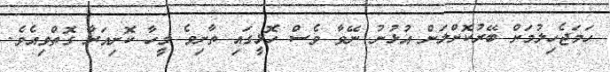
ހަމަޖެހިލުމަށް ބޭރުކޮށްލަން އުޅުނު ނޭވާ ވެސް ހޮޅީގައި ތާށިވެ މީހާ ކޮށިއަރާ ގޮތްވިއެވެ.